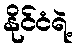
နိုင်ငံရဲ့